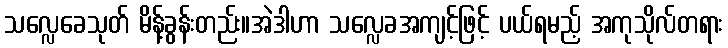
သလ္လေခေသုတ် မိန့်ခွန်းတည်း။အဲဒါဟာ သလ္လေခအကျင့်ဖြင့် ပယ်ရမည့် အကုသိုလ်တရား